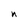
Character: n